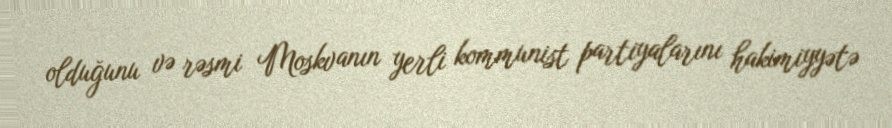
olduğunu və rəsmi Moskvanın yerli kommunist partiyalarını hakimiyyətə